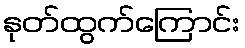
နုတ်ထွက်ကြောင်း